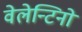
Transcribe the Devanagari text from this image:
वेलेन्टिनो